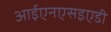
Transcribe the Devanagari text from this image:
आईएनएसइएडी